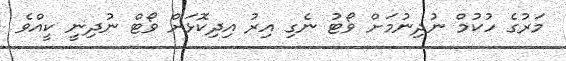
މަރުގެ ހުކުމް ނުދިނުމަށް ވޯޓު ނެގި އިރު އިދިކޮޅަށް ވޯޓް ނުދިނީ ކީއްވެ